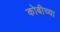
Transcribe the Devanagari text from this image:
कोबीच्या